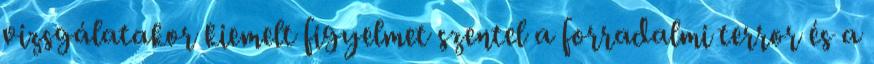
vizsgálatakor kiemelt figyelmet szentel a forradalmi terror és a